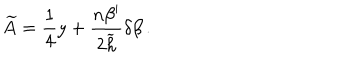
\widetilde { A } = { \frac { 1 } { 4 } } y + { \frac { n \beta ^ { \prime } } { 2 \widetilde { h } } } \delta \beta \, .